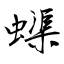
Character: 蟝